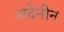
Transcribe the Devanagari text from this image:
अदेनीन